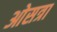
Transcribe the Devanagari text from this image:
ओसत्रा